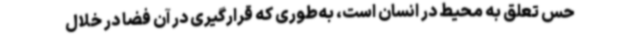
حس تعلق به محیط در انسان است، به‌طوری که قرارگیری در آن فضا در خلال